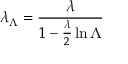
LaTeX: \lambda _ { \Lambda } = { \frac { \lambda } { 1 - { \frac { \lambda } { 2 } } \ln \Lambda } }